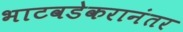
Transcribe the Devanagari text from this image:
भाटवडेकरानंतर